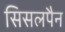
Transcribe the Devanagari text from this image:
सिसलपैन